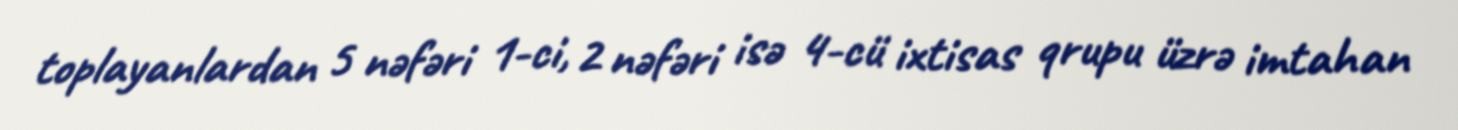
toplayanlardan 5 nəfəri 1-ci, 2 nəfəri isə 4-cü ixtisas qrupu üzrə imtahan